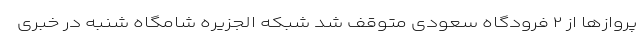
پروازها از ۲ فرودگاه سعودی متوقف شد شبکه الجزیره شامگاه شنبه در خبری